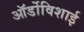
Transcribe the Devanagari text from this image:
ऑर्डोविशाई